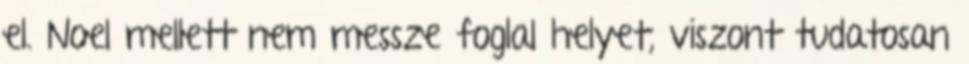
el. Noel mellett nem messze foglal helyet, viszont tudatosan